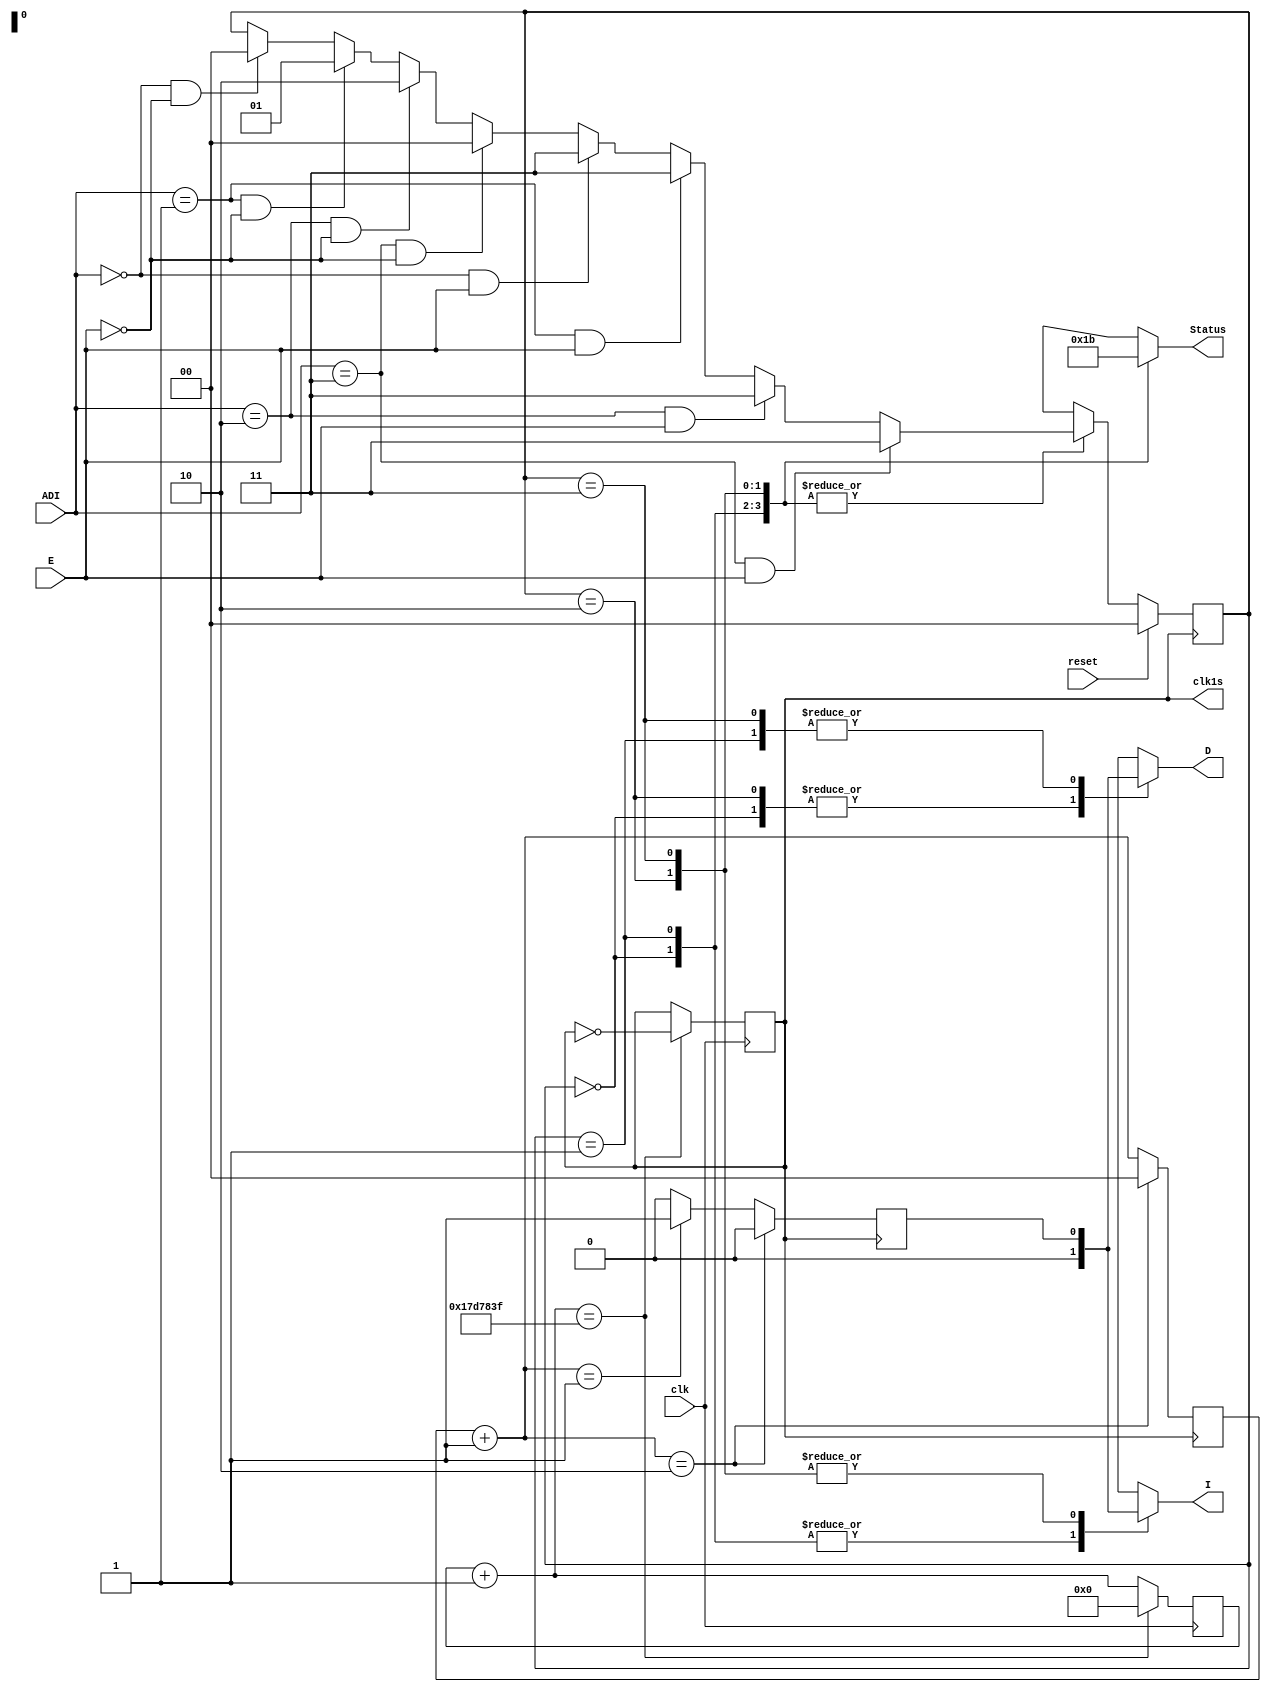
module Final_FSM_Intermitentes (input clk, input reset, input E, input [1:0] ADI, output reg clk1s, output reg D, output reg I, output reg [1:0] Status);

/*
PROGRAMA DE INTERMITENTES CON SEAL DE RELOJ DE 1 SEGUNDO RESUELTO POR MAQUINA DE ESTADOS DE MOORE


Entradas:		clk: Reloj de tarjeta (50 MHz)
					reset: Botn de reinicio
					ADI: Palanca que indica Apagado (00) , Derecha (10), Izquierda (01), Nada (11)
					E: Botn de emergencia (Prioridad)														
			
Salidas:			clk1s: Reloj de 1 segundo (1 Hz) para la intermitencia de las salidas y estados
					D: Luz derecha se enciende de manera intermitente con clk1s
					I: Luz izquierda se enciende de manera intermitente con clk1s
					Status: Indica en que estado se encuentra el sistema
*/

localparam		S0 = 2'b00,	//Estado 0 (Apagado), ambas luces apagadas
					S1 = 2'b01,	//Estado 1 (Derecha). luz derecha encendida intermitentemente
					S2 = 2'b10, //Estado 2 (Izquierda), luz izquierda encendida intermitentemente
					S3 = 2'b11; //Estado 3 (Emergencia), ambas luces encendidas intermitentemente
		
		
reg [1:0] act_st;		//Estado actual
reg [1:0] nxt_st;	 	//Estado siguiente
reg [24:0] count; 	//Cuenta para reloj 1 seg (25 bits para cumplir el conteo)
reg [1:0] LED_count;	//Cuenta para la intermitencia de luces
reg Intermitente;		//Variables para intermitencia (Derecha e Izquierda)


//SEAL DE RELOJ DE 1 SEGUNDO
always @ (posedge clk)
begin
count = count+1;

	if (count == 25'd24999999) //El reloj de la tarjeta debe contar hasta 25,000,000 para cumplir medio ciclo de 1 seg
		begin
			count = 25'd0;
			clk1s = ~clk1s;		//Despus de cumplir la cuenta, se invierte para cumplir la otra mitad del periodo y formar el segundo completo
		end
end


//BLOQUE DE TRANSICIN
always @(posedge clk1s)
begin
	if (reset==1'b1)		//Si reset=1 entonces el estado actual se vuelve estado inicial
		begin
			act_st = S0;
		end
	else						//Si reset=0 entonces el estado actual se vuelve el estado siguiente
		begin
			act_st = nxt_st;
		end	
end



//BLOQUE DE ESTADO SIGUIENTE
always @(*)			//Siempre se ejecuta
begin
nxt_st = act_st;

	case (act_st)  //Case para las condiciones de transicion de estados segun cada caso (Tabla de estados)

					S0:	begin
								if (ADI==2'b00 & E==0)	//Si Palanca=Apagado y Emergencia=Apagado
									begin
										nxt_st = S0;		//S0 se dirige a S0
									end
								
								if (ADI==2'b01 & E==0)	//Si Palanca=Derecha y Emergencia=Apagado
									begin
										nxt_st = S1;		//S0 se dirige a S1
									end
								
								if (ADI==2'b10 & E==0)	//Si Palanca=Izquierda y Emergencia=Apagado
									begin
										nxt_st = S2;		//S0 se dirige a S2
									end
					
								if (ADI==2'b11 & E==0)	//Si Palanca=Basura(Nada) y Emergencia=Apagado
									begin
										nxt_st = S0;		//S0 se dirige a S0
									end
								
								if (ADI==2'b00 & E==1)	//Si Palanca=Apagado y Emergencia=Encendido
									begin
										nxt_st = S3;		//S0 se dirige a S3
									end
								
								if (ADI==2'b01 & E==1)	//Si Palanca=Derecha y Emergencia=Encendido
									begin
										nxt_st = S3;		//S0 se dirige a S3
									end
								
								if (ADI==2'b10 & E==1)	//Si Palanca=Izquierda y Emergencia=Encendido
									begin
										nxt_st = S3;		//S0 se dirige a S3
									end
							
								if (ADI==2'b11 & E==1)	//Si Palanca=Basura(Nada) y Emergencia=Encendido
									begin
										nxt_st = S3;		//S0 se dirige a S3
									end
							end
					
					
					S1:	begin								//Son las mismas condiciones para cada estado 
								if (ADI==2'b00 & E==0)
									begin
										nxt_st = S0;
									end
								
								if (ADI==2'b01 & E==0)
									begin
										nxt_st = S1;
									end
								
								if (ADI==2'b10 & E==0)
									begin
										nxt_st = S2;
									end
					
								if (ADI==2'b11 & E==0)
									begin
										nxt_st = S0;
									end
								
								if (ADI==2'b00 & E==1)
									begin
										nxt_st = S3;
									end
								
								if (ADI==2'b01 & E==1)
									begin
										nxt_st = S3;
									end
								
								if (ADI==2'b10 & E==1)
									begin
										nxt_st = S3;
									end
							
								if (ADI==2'b11 & E==1)
									begin
										nxt_st = S3;
									end
							end
					
					
					S2:	begin
								if (ADI==2'b00 & E==0)
									begin
										nxt_st = S0;
									end
								
								if (ADI==2'b01 & E==0)
									begin
										nxt_st = S1;
									end
								
								if (ADI==2'b10 & E==0)
									begin
										nxt_st = S2;
									end
					
								if (ADI==2'b11 & E==0)
									begin
										nxt_st = S0;
									end
								
								if (ADI==2'b00 & E==1)
									begin
										nxt_st = S3;
									end
								
								if (ADI==2'b01 & E==1)
									begin
										nxt_st = S3;
									end
								
								if (ADI==2'b10 & E==1)
									begin
										nxt_st = S3;
									end
							
								if (ADI==2'b11 & E==1)
									begin
										nxt_st = S3;
									end
							end
					
					
					S3:	begin
								if (ADI==2'b00 & E==0)
									begin
										nxt_st = S0;
									end
								
								if (ADI==2'b01 & E==0)
									begin
										nxt_st = S1;
									end
								
								if (ADI==2'b10 & E==0)
									begin
										nxt_st = S2;
									end
					
								if (ADI==2'b11 & E==0)
									begin
										nxt_st = S0;
									end
								
								if (ADI==2'b00 & E==1)
									begin
										nxt_st = S3;
									end
								
								if (ADI==2'b01 & E==1)
									begin
										nxt_st = S3;
									end
								
								if (ADI==2'b10 & E==1)
									begin
										nxt_st = S3;
									end
							
								if (ADI==2'b11 & E==1)
									begin
										nxt_st = S3;
									end
							end

	endcase
end


//BLOQUE DE INTERMITENCIA
always @(posedge clk1s)			//Depende de clk1s ya que la intermitencia debe estar sincronizada con este
begin
LED_count = LED_count+1;
Intermitente = 1'b0;

			if (LED_count==2'b01)		//Cuando LED_count=1 entonces la intermitente se prende
				begin
					Intermitente = 1'b1;
				end
				
			if (LED_count==2'b10)		//Cuando LED_count=2 entonces la intermitente se apaga
				begin
					Intermitente = 1'b0;
					LED_count = 2'b00;	//Se reinicia para seguir prendiendo y apagando
				end
end


//BLOQUE DE SALIDA
always @(*)
begin
D = 1'b0;
I = 1'b0;
Status = 2'b00;

	case (act_st)		//Case para las salidas en cada estado, estas no dependen de las entradas ya que es Maquina de Moore
	
					S0:	begin						//En S0(Apagado), todo se encuentra apagado
								D = 1'b0;	
								I = 1'b0;
								Status = S0;		//Indica el estado actual
							end
					
					
					S1:	begin						//En S1(Derecha), la salida 'Derecha' realiza intermitencia
								D = Intermitente;	//Se incorpora la salida de la intermitencia realizada en el bloque anterior
								I = 1'b0;
								Status = S1;		//Indica el estado actual
							end
					
					
					S2:	begin						//En S2(Izquierda), la salida 'Izquierda' realiza intermitencia
								D = 1'b0;			
								I = Intermitente;
								Status = S2;		//Indica el estado actual
							end
					
					S3:	begin						//En S3(Emergencia), ambas salidas 'derecha' e 'izquierda' realizan intermitencia simultaneamente
								D = Intermitente;
								I = Intermitente;
								Status = S3;		//Indica el estado actual
							end
	
	endcase
end


//BLOQUE DE INICIALIZACIN
initial		//Se inicializan los valores para la simulacion con ModelSim (TestBench)
begin
	count = 25'd0;
	LED_count = 2'b00;
	D = 1'b0;
	I = 1'b0;
	Intermitente = 1'b0;
	Status = 2'b00;
	act_st = 2'b00;
	nxt_st = 2'b00;
	clk1s = 1'b0;
end

endmodule